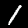
Digit: 1